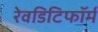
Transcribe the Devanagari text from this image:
रेवडिटिफॉर्म